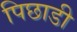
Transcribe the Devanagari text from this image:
पिछाडी